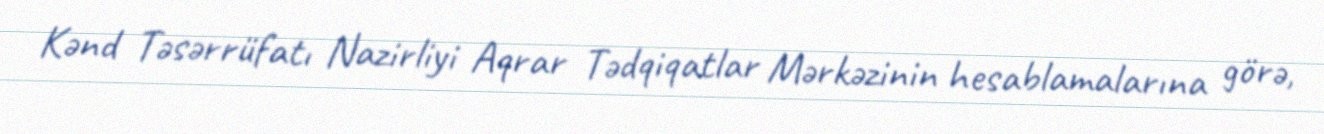
Kənd Təsərrüfatı Nazirliyi Aqrar Tədqiqatlar Mərkəzinin hesablamalarına görə,